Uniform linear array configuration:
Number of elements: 4
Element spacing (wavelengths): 0.5
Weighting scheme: cosine
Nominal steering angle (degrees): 15
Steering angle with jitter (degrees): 16.954
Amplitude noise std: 0.05
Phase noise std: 0.05

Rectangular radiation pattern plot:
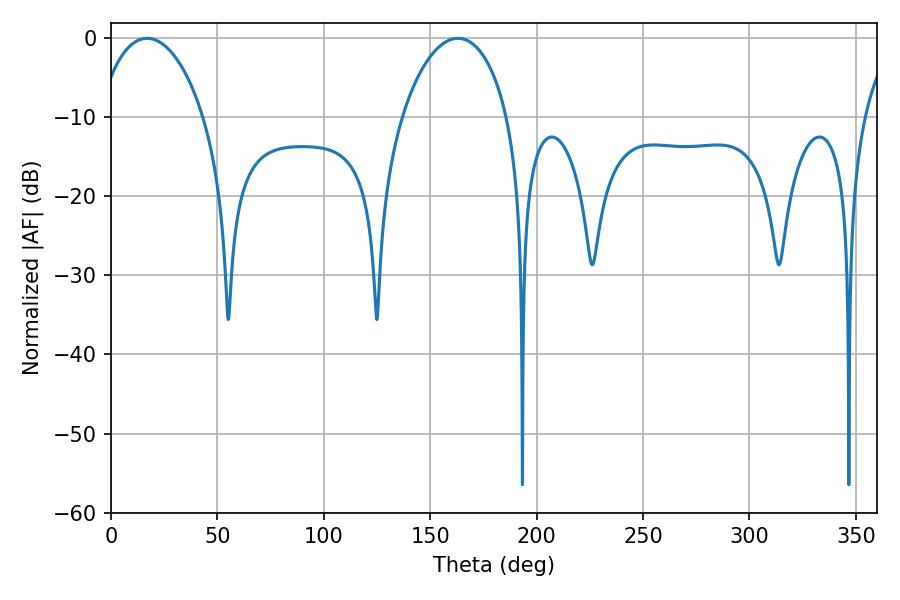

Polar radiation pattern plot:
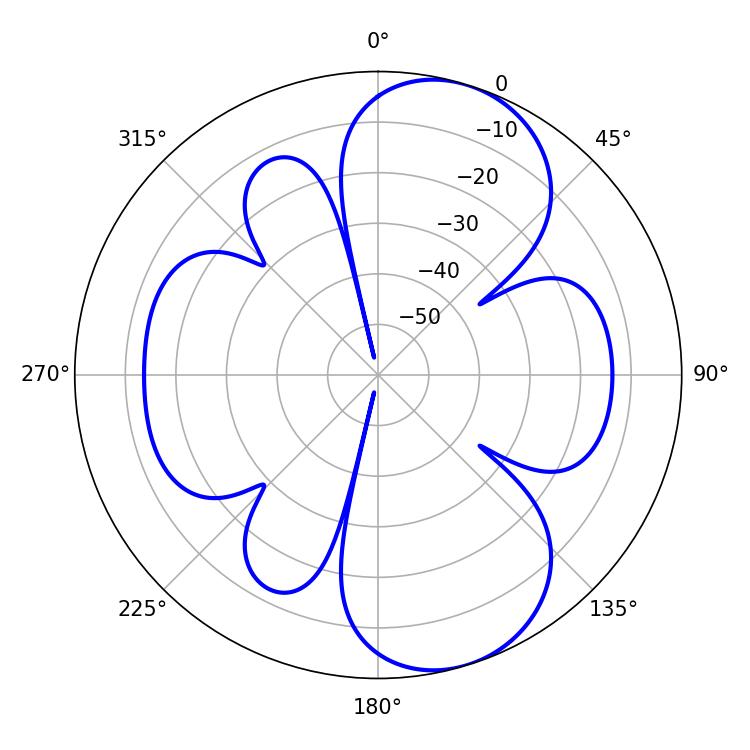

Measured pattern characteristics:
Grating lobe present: FALSE
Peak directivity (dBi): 8.497
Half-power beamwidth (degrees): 28.26
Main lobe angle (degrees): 16.92